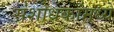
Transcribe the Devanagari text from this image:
संशोधकांमध्ये